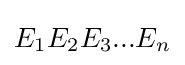
E_{1}E_{2}E_{3}...E_{n}